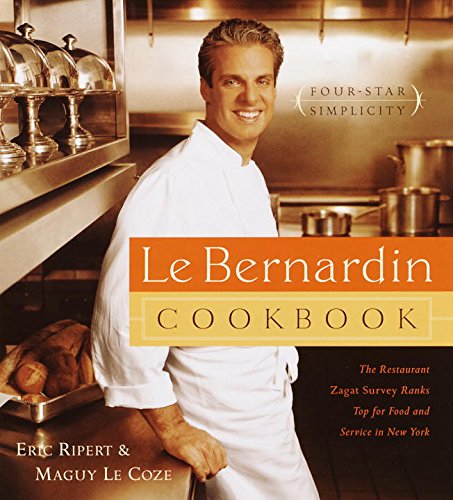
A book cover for Le Bernardin Cookbook: Four-Star Simplicity; Eric Ripert; Cookbooks, Food & Wine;